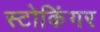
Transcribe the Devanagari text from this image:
स्टोकिंगर